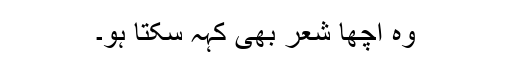
وہ اچھا شعر بھی کہہ سکتا ہو۔